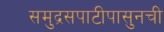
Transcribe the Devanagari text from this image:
समुद्रसपाटीपासुनची